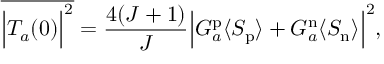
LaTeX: \overline { { { \Bigl \vert T _ { a } ( 0 ) \Bigr \vert ^ { 2 } } } } = { \frac { 4 ( J + 1 ) } { J } } \Bigl \vert G _ { a } ^ { \mathrm { p } } \langle S _ { \mathrm { p } } \rangle + G _ { a } ^ { \mathrm { n } } \langle S _ { \mathrm { n } } \rangle \Bigr \vert ^ { 2 } ,